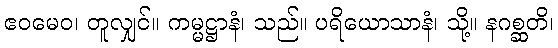
ဧဝမေဝ၊ တူလျှင်။ ကမ္မဋ္ဌာနံ၊ သည်။ ပရိယောသာနံ၊ သို့။ နဂစ္ဆတိ၊